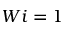
W i = 1